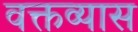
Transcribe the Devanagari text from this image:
वक्तव्यास